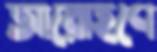
আরোহণে